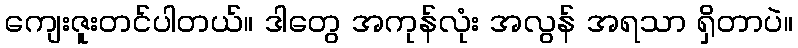
ကျေးဇူးတင်ပါတယ်။ ဒါတွေ အကုန်လုံး အလွန် အရသာ ရှိတာပဲ။